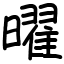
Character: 曜